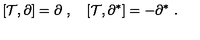
[ { \mathcal T } , \partial ] = \partial \ , \quad [ { \mathcal T } , \partial ^ { * } ] = - \partial ^ { * } \ .